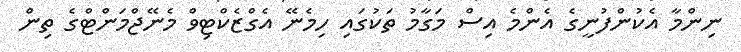
ނިންމާ އެކުންފުނީގެ އެންމެ އިސް މަގާމު ތަކުގައި ހިމެނޭ އެގްޒެކްޓިވް މެނޭޖްމަންޓްގެ ތިން